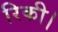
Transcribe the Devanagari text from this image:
रिकी।